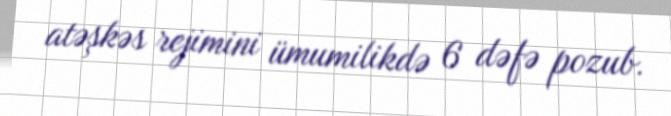
atəşkəs rejimini ümumilikdə 6 dəfə pozub.